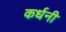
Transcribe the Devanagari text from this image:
कर्धनी